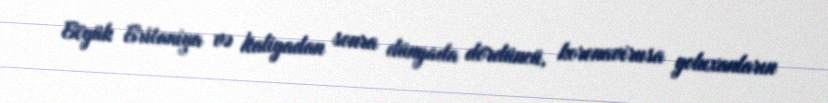
Böyük Britaniya və İtaliyadan sonra dünyada dördüncü, koronavirusa yoluxanların